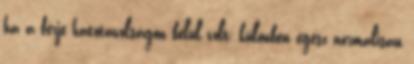
ha a férje hatótávolságon belül volt; különben egész normálisan